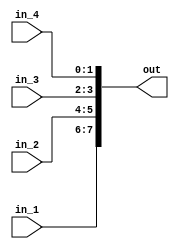
module cont_sink_arrayed_sig(
	input  [1:0] in_1,
	input  [1:0] in_2,
	input  [1:0] in_3,
	input  [1:0] in_4,
	output [7:0] out
);	

	wire [1:0] middle [3:0];

	assign middle[0] = in_1;
	assign middle[1] = in_2;
	assign middle[2] = in_3;
	assign middle[3] = in_4;

	assign out = {middle[0], middle[1], middle[2], middle[3]};

endmodule